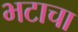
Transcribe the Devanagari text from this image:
भटाचा